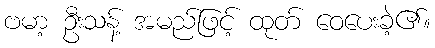
ဗမာ့ ဦးသန့် အမည်ဖြင့် ထုတ် ဝေပေးခဲ့၏။